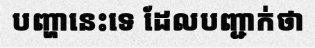
បញ្ហានេះទេ ដែលបញ្ជាក់ថា